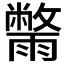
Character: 𮦮